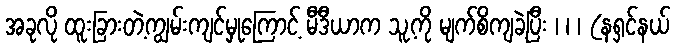
အခုလို ထူးခြားတဲ့ကျွမ်းကျင်မှုကြောင့် မီဒီယာက သူ့ကို မျက်စိကျခဲ့ပြီး ၊ ၊ ၊ (နရှင်နယ်